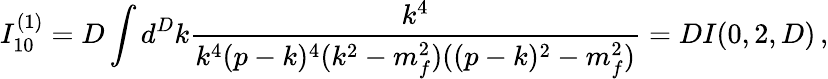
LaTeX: I_{10}^{(1)}=D\int d^{D}k\frac{k^{4}}{k^{4}(p-k)^{4}(k^{2}-m_{f}^{2})((p-k)^{2}-m_{f}^{2})}=DI(0,2,D)\, ,